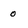
Character: 0